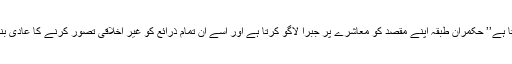
اخلاقیات کی طبقاتی اساس کو ٹراٹسکی یوں بیان کرتا ہے’’ حکمران طبقہ اپنے مقصد کو معاشرے پر جبراً لاگو کرتا ہے اور اسے اِن تمام ذرائع کو غیر اخلاقی تصور کرنے کا عادی بنا دیتا ہے جو اس کے مقاصد سے متصادم ہوتے ہیں۔